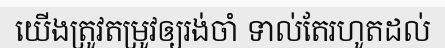
យើងត្រូវតម្រូវឲ្យរង់ចាំ ទាល់តែរហូតដល់